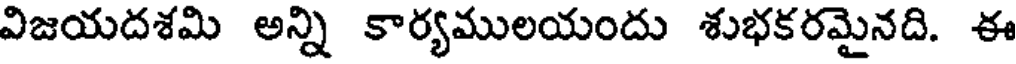
విజయదశమి అన్ని కార్యములయందు శుభకరమైనది. ఈ